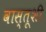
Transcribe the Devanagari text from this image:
वास्तूशी